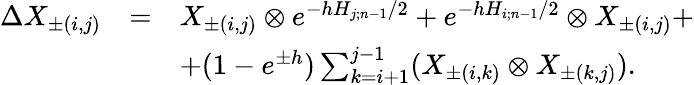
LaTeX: \begin{array}{lcl}{{\Delta X_{\pm(i,j)}}}&{{=}}&{{X_{\pm(i,j)}\otimes e^{-hH_{j;n-1}/2}+e^{-hH_{i;n-1}/2}\otimes X_{\pm(i,j)}+}}\\ {{}}&{{}}&{{+(1-e^{\pm h})\sum_{k=i+1}^{j-1}(X_{\pm(i,k)}\otimes X_{\pm(k,j)}).}}\end{array}